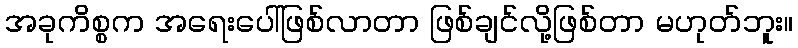
အခုကိစ္စက အရေးပေါ်ဖြစ်လာတာ ဖြစ်ချင်လို့ဖြစ်တာ မဟုတ်ဘူး။